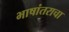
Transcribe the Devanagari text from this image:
भाषांतराचा